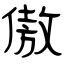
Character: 傲